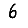
Digit: 6